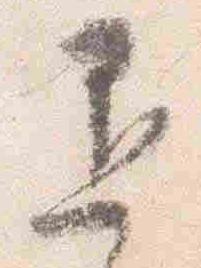
退